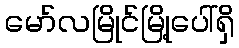
မော်လမြိုင်မြို့ပေါ်ရှိ